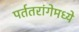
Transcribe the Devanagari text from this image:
पर्ततरांगेमध्ये